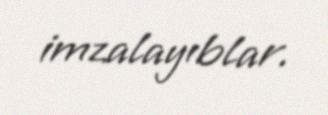
imzalayıblar.